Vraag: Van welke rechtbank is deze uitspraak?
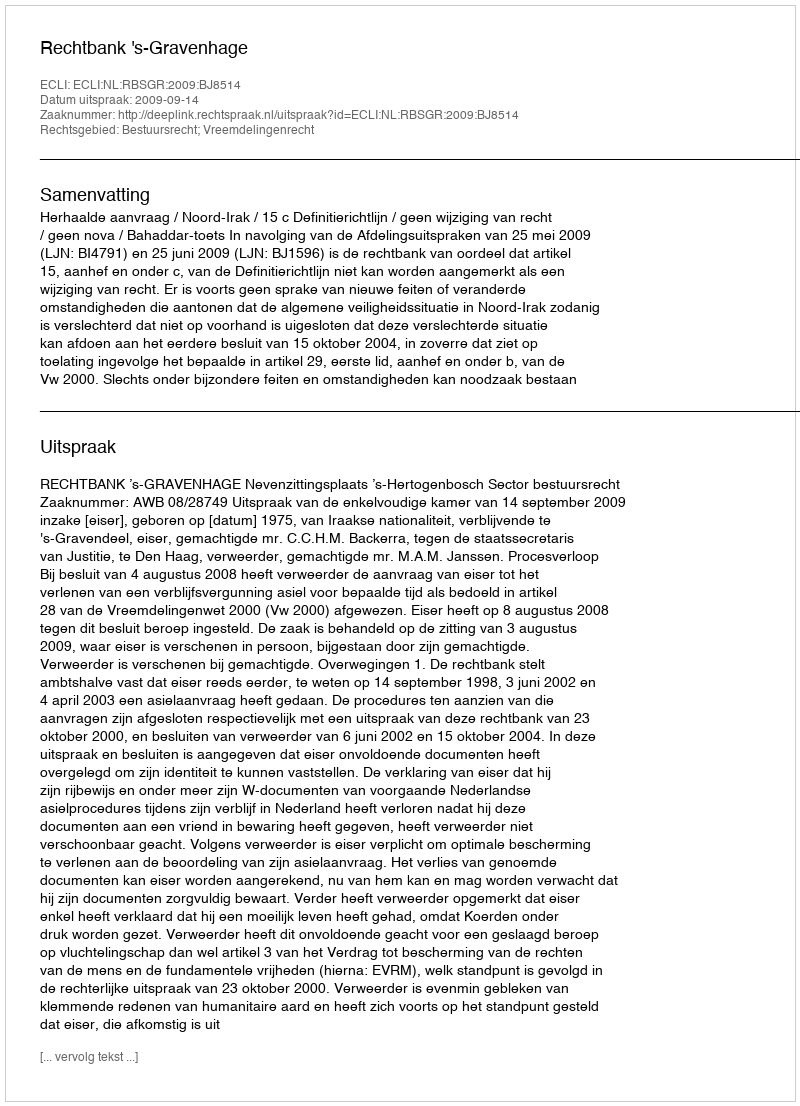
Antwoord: Rechtbank 's-Gravenhage